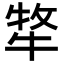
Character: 𭷧